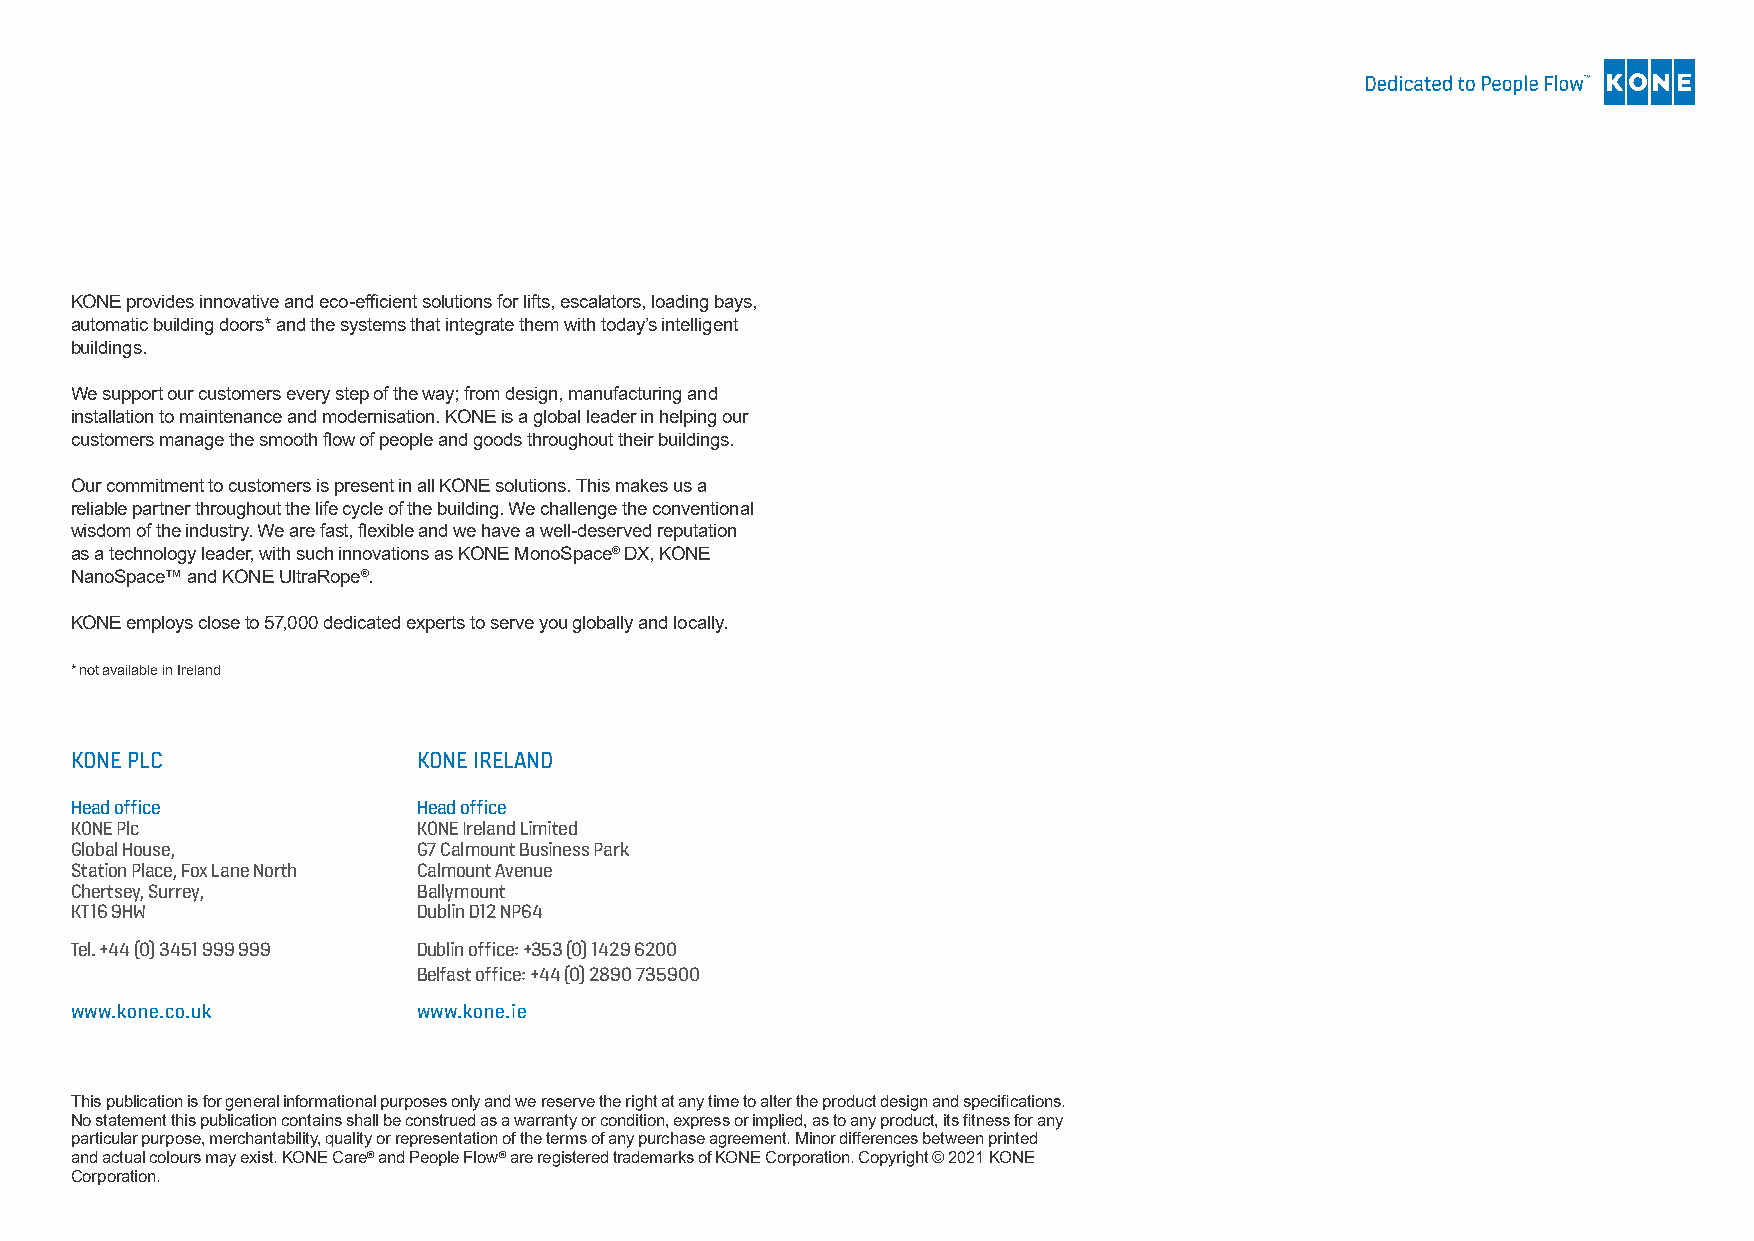
KONE provides innovative and eco-efficient solutions for lifts, escalators, loading bays,
 automatic building doors* and the systems that integrate them with today’s intelligent
 buildings.
 We support our customers every step of the way; from design, manufacturing and
 installation to maintenance and modernisation. KONE is a global leader in helping our
 customers manage the smooth flow of people and goods throughout their buildings.
 Our commitment to customers is present in all KONE solutions. This makes us a
 reliable partner throughout the life cycle of the building. We challenge the conventional
 wisdom of the industry. We are fast, flexible and we have a well-deserved reputation
 as a technology leader, with such innovations as KONE MonoSpace® DX, KONE
 NanoSpace™ and KONE UltraRope®.
 KONE employs close to 57,000 dedicated experts to serve you globally and locally.
 * not available in Ireland
 KONE PLC               KONE IRELAND
 Head office            Head office
 KONE Plc               KONE Ireland Limited
 Global House,          G7 Calmount Business Park
 Station Place, Fox Lane North Calmount Avenue
 Chertsey, Surrey,      Ballymount
 KT16 9HW               Dublin D12 NP64
 Tel. +44 (0) 3451 999 999 Dublin office: +353 (0) 1429 6200
 Belfast office: +44 (0) 2890 735900
 www.kone.co.uk         www.kone.ie
 This publication is for general informational purposes only and we reserve the right at any time to alter the product design and specifications.
 No statement this publication contains shall be construed as a warranty or condition, express or implied, as to any product, its fitness for any
 particular purpose, merchantability, quality or representation of the terms of any purchase agreement. Minor differences between printed
 and actual colours may exist. KONE Care® and People Flow® are registered trademarks of KONE Corporation. Copyright © 2021 KONE
 Corporation.